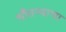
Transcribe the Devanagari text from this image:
चौतन्याचा